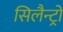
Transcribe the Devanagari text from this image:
सिलैन्ट्रो